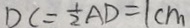
D C = \frac { 1 } { 2 } A D = 1 c m